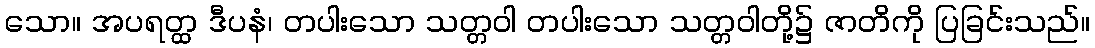
သော။ အပရတ္ထ ဒီပနံ၊ တပါးသော သတ္တဝါ တပါးသော သတ္တဝါတို့၌ ဇာတိကို ပြခြင်းသည်။